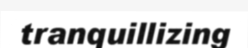
tranquillizing